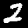
Label: 2